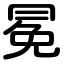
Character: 冕